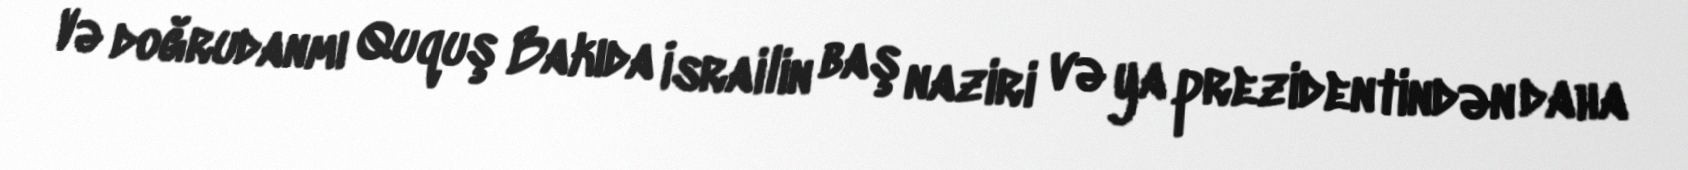
Və doğrudanmı Ququş Bakıda İsrailin baş naziri və ya prezidentindən daha